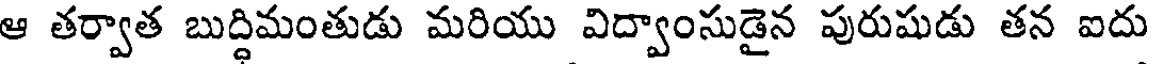
ఆ తర్వాత బుద్ధిమంతుడు మరియు విద్వాంసుడైన పురుషుడు తన ఐదు